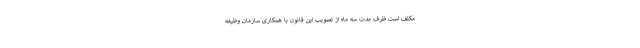
مکلف است ظرف مدت سه ماه از تصویب این قانون با همکاری سازمان وظیفه